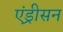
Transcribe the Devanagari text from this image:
एंड्रीसन